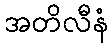
အတိလီနံ